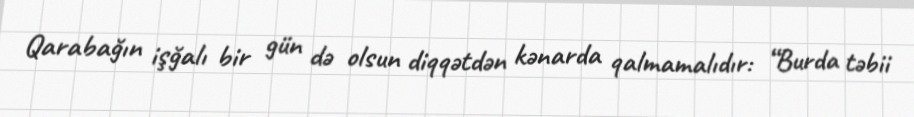
Qarabağın işğalı bir gün də olsun diqqətdən kənarda qalmamalıdır: “Burda təbii